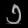
Digit: ၁